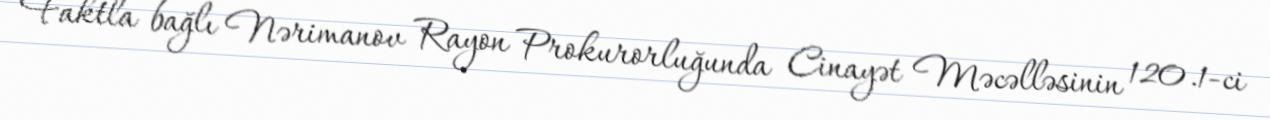
Faktla bağlı Nərimanov Rayon Prokurorluğunda Cinayət Məcəlləsinin 120.1-ci